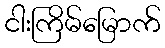
ငါးကြိမ်မြောက်